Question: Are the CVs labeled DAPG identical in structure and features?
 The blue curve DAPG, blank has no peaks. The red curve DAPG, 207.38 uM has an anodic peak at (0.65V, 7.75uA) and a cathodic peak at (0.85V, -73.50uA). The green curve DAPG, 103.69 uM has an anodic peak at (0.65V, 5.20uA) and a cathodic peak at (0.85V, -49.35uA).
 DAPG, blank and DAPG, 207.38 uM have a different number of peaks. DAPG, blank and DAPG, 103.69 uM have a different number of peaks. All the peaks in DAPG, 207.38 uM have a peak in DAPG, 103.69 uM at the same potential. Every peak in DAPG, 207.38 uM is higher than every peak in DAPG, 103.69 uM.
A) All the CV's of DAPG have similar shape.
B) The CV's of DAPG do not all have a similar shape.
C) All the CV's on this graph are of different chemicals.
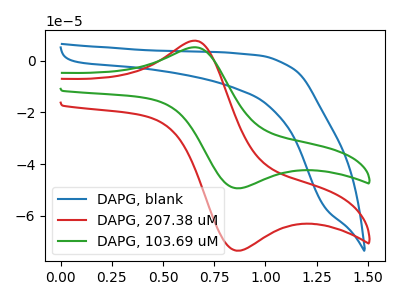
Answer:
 <answer>A) All the CV's of "DAPG" have similar shape.</answer>
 <eval>A</eval>